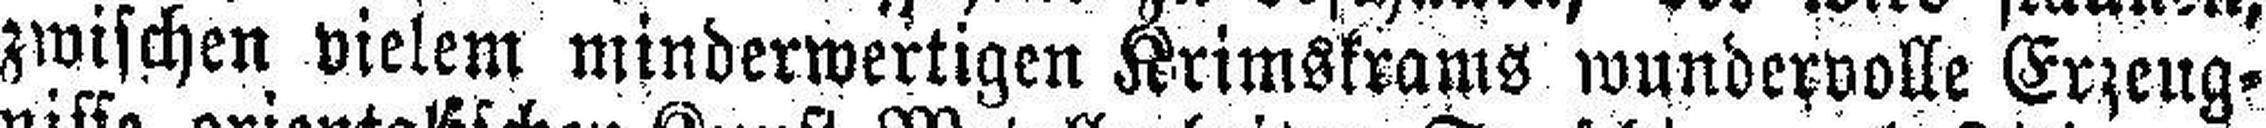
zwischen vielem minderwertigen Krimskrams wundervolle Erzeug¬